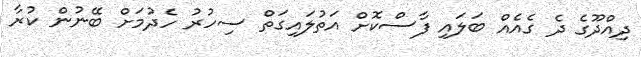
ދިިއްދޫގެ ދެ ގެއެއް ބަލައި ފާސްކޮށް އަތުލައިގަތް ސިހުރު ހެދުމަށް ބޭނުން ކުރާ